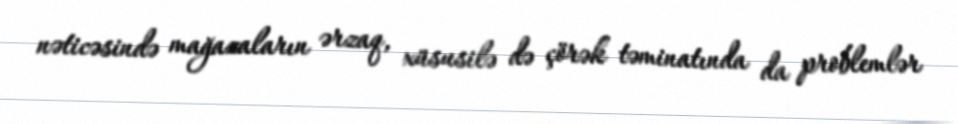
nəticəsində mağazaların ərzaq, xüsusilə də çörək təminatında da problemlər